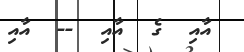
އާއި  ގެ  އާއި  --  އާއި